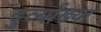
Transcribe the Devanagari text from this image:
दुर्व्याख्या